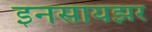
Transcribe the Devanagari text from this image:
इनसायझर